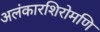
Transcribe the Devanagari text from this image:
अलंकारशिरोमणि